Lyperosia minuta, Bezzi - Number 59
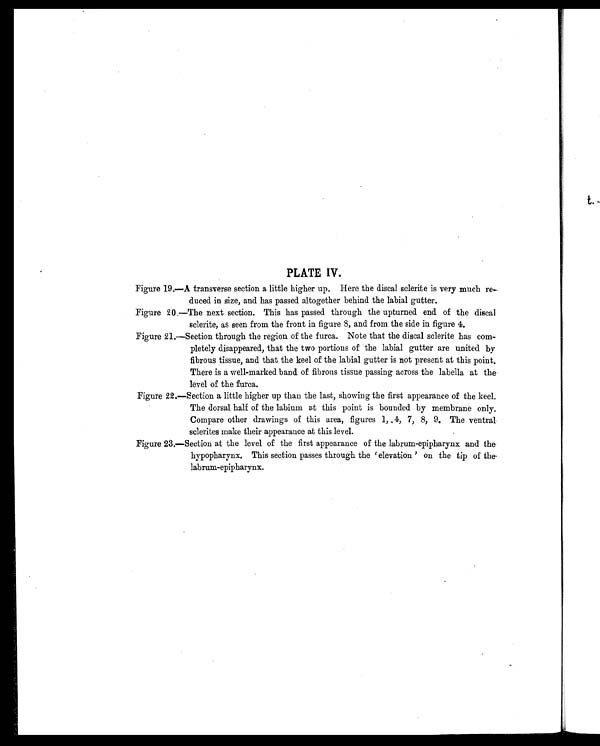
PLATE IV.
Figure 19.—A transverse section a little higher up. Here the discal sclerite is very much re-
duced in size, and has passed altogether behind the labial gutter.
Figure 20.—The next section. This has passed through the upturned end of the discal
sclerite, as seen from the front in figure 8, and from the side in figure 4.
Figure 21.—Section through the region of the furca. Note that the discal sclerite has com-
pletely disappeared, that the two portions of the labial gutter are united by
fibrous tissue, and that the keel of the labial gutter is not present at this point.
There is a well-marked band of fibrous tissue passing across the labella at the
level of the furca.
Figure 22.—Section a little higher up than the last, showing the first appearance of the keel.
The dorsal half of the labium at this point is bounded by membrane only.
Compare other drawings of this area, figures 1, 4, 7, 8, 9, The ventral
sclerites make their appearance at this level.
Figure 23.—Section at the level of the first appearance of the labrum-epipharynx and the
hypopharynx. This section passes through the ‘elevation’ on the tip of the-
labrum-epipharynx.